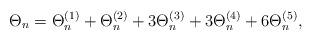
LaTeX: \begin{align*}\Theta_{n} = \Theta_{n}^{(1)} + \Theta_{n}^{(2)} + 3 \Theta_{n}^{(3)} + 3 \Theta_{n}^{(4)} + 6 \Theta_{n}^{(5)} ,\end{align*}